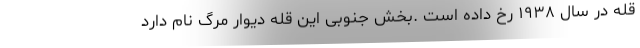
قله در سال ۱۹۳۸ رخ داده است .بخش جنوبی این قله دیوار مرگ نام دارد